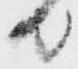
日